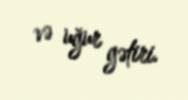
və uğur gətiri.